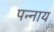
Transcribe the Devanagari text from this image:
पन्नाय